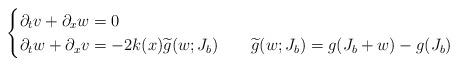
LaTeX: \begin{align*}\begin{cases}\partial_t v + \partial_x w = 0 &\\\partial_t w+ \partial_x v = - 2 k(x) \widetilde g (w; J_b) &~~~ \widetilde g (w; J_b)= g( J_b + w) - g(J_b)\end{cases}\end{align*}